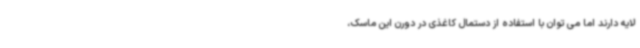
لایه دارند اما می توان با استفاده از دستمال کاغذی در دورن این ماسک،